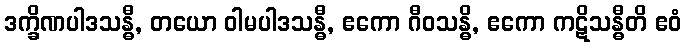
ဒက္ခိဏပါဒသန္ဓီ, တယော ဝါမပါဒသန္ဓီ, ဧကော ဂီဝသန္ဓိ, ဧကော ကဋိသန္ဓီတိ ဧဝံ